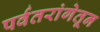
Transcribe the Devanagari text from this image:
पर्वतरांगेतून